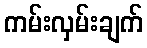
ကမ်းလှမ်းချက်